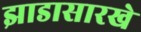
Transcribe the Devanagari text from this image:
झाडासारखे